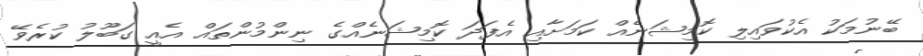
ބޭނުމަކު އެކުވައިިލި ކޮމިޝަނެއް ކަމަށާއި އެފަދަ ކޮމިޝަނެއްގެ ނިންމުންތައް އެއީ ގަބޫލު ކުރެވޭ